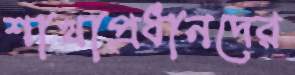
শাখাপ্রধানদের